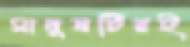
মানুষটিরই